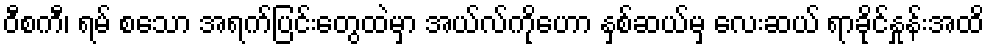
ဝီစကီ၊ ရမ် စသော အရက်ပြင်းတွေထဲမှာ အယ်လ်ကိုဟော နှစ်ဆယ်မှ လေးဆယ် ရာခိုင်နှုန်းအထိ